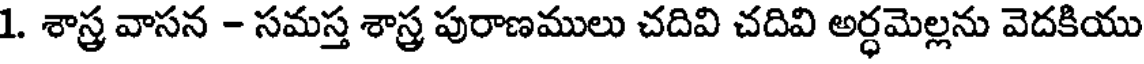
1. శాస్త్ర వాసన - సమస్త శాస్త్ర పురాణములు చదివి చదివి అర్ధమెల్లను వెదకియు